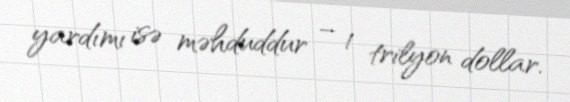
yardımı isə məhduddur – 1 trilyon dollar.